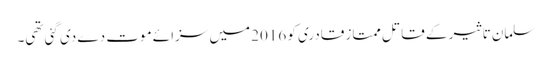
سلمان تاثیر کے قاتل ممتاز قادری کو 2016 میں سزائے موت دے دی گئی تھی۔